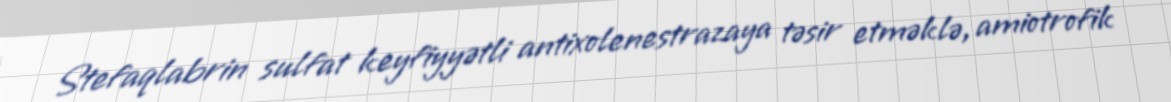
Stefaqlabrin sulfat keyfiyyətli antixolenestrazaya təsir etməklə, amiotrofik